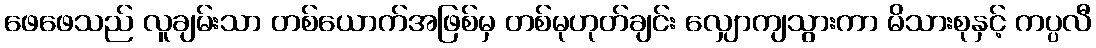
ဖေဖေသည် လူချမ်းသာ တစ်ယောက်အဖြစ်မှ တစ်မုဟုတ်ချင်း လျှောကျသွားကာ မိသားစုနှင့် ကပ္ပလီ